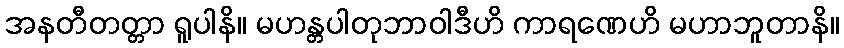
အနတီတတ္တာ ရူပါနိ။ မဟန္တပါတုဘာဝါဒီဟိ ကာရဏေဟိ မဟာဘူတာနိ။